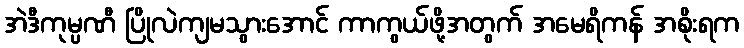
အဲဒီကုမ္ပဏီ ပြိုလဲကျမသွားအောင် ကာကွယ်ဖို့အတွက် အမေရိကန် အစိုးရက